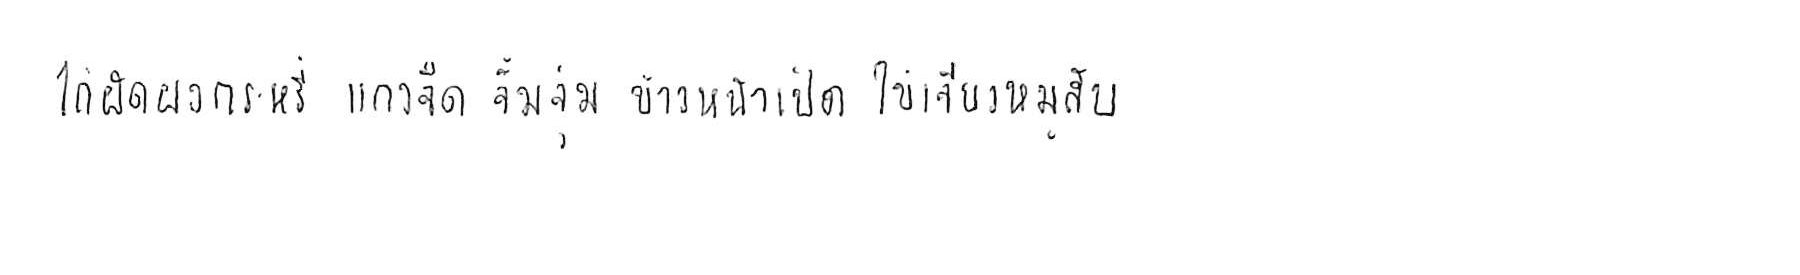
ไก่ผัดผงกะหรี่ แกงจืด จิ้มจุ่ม ข้าวหน้าเป็ด ไข่เจียวหมูสับ